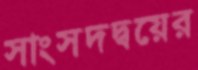
সাংসদদ্বয়ের